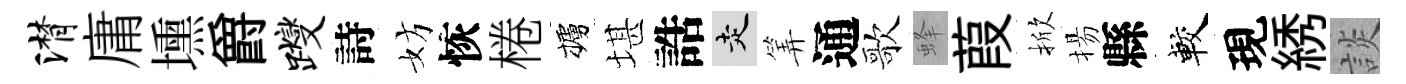
潸庸壎爵躞詩妨恢棬櫨堪誥走筭通歌蜂葭掀揚縣較現綉談